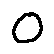
o